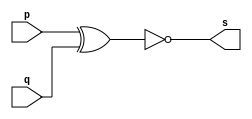
// ------------------------- 
// Exercicio0003 - XNOR 
// Nome: Lucas Cardoso 
// -------------------------

// ------------------------- 
// -- XNOR gate 
// ------------------------- 
module xnorgate ( output s, 
input p, q); 
assign s = ~(p ^ q); 
endmodule // xnorgate 

// --------------------- 
// -- test or gate 
// --------------------- 
module testxnorgate; 

// ------------------------- dados locais 
reg a, b; // definir registradores 
wire s; // definir conexao (fio) 

// ------------------------- instancia 
xnorgate XNOR1 (s, a, b); 

// ------------------------- preparacao 
initial begin:start 
// atribuicao simultanea 
// dos valores iniciais 
a=0; b=0; 
end 

// ------------------------- parte principal 
initial begin 
$display("Exercicio0003 - Lucas Cardoso - 441694"); 
$display("Test XNOR gate"); 
$display("\na & b = s\n"); 
a=0; b=0; 
#1 $display("%b & %b = %b", a, b, s); 
a=0; b=1; 
#1 $display("%b & %b = %b", a, b, s); 
a=1; b=0; 
#1 $display("%b & %b = %b", a, b, s); 
a=1; b=1; 
#1 $display("%b & %b = %b", a, b, s); 
end 
endmodule // testxnorgate